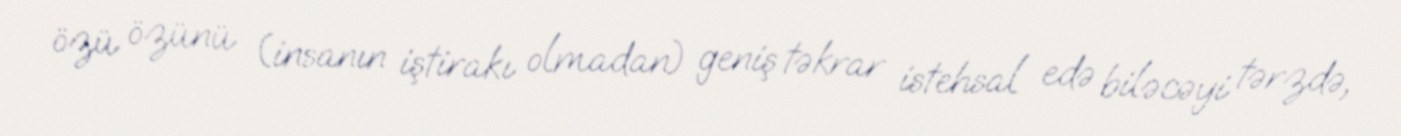
özü özünü (insanın iştirakı olmadan) geniş təkrar istehsal edə biləcəyi tərzdə,